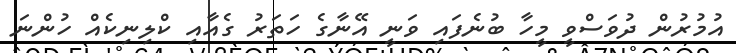
އުުމުރުން ދުވަސްވީ މީހާ ބުނެފައި ވަނީ އޭނާގެ ހަތަރު ގެއާއި ކްލިނިކެއް ހުންނަ